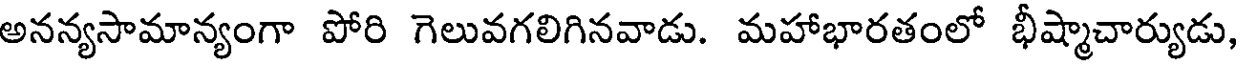
అనన్యసామాన్యంగా పోరి గెలువగలిగినవాడు. మహాభారతంలో భీష్మాచార్యుడు,